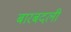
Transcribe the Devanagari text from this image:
बारबदली